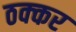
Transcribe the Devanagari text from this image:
ठक्‍कर